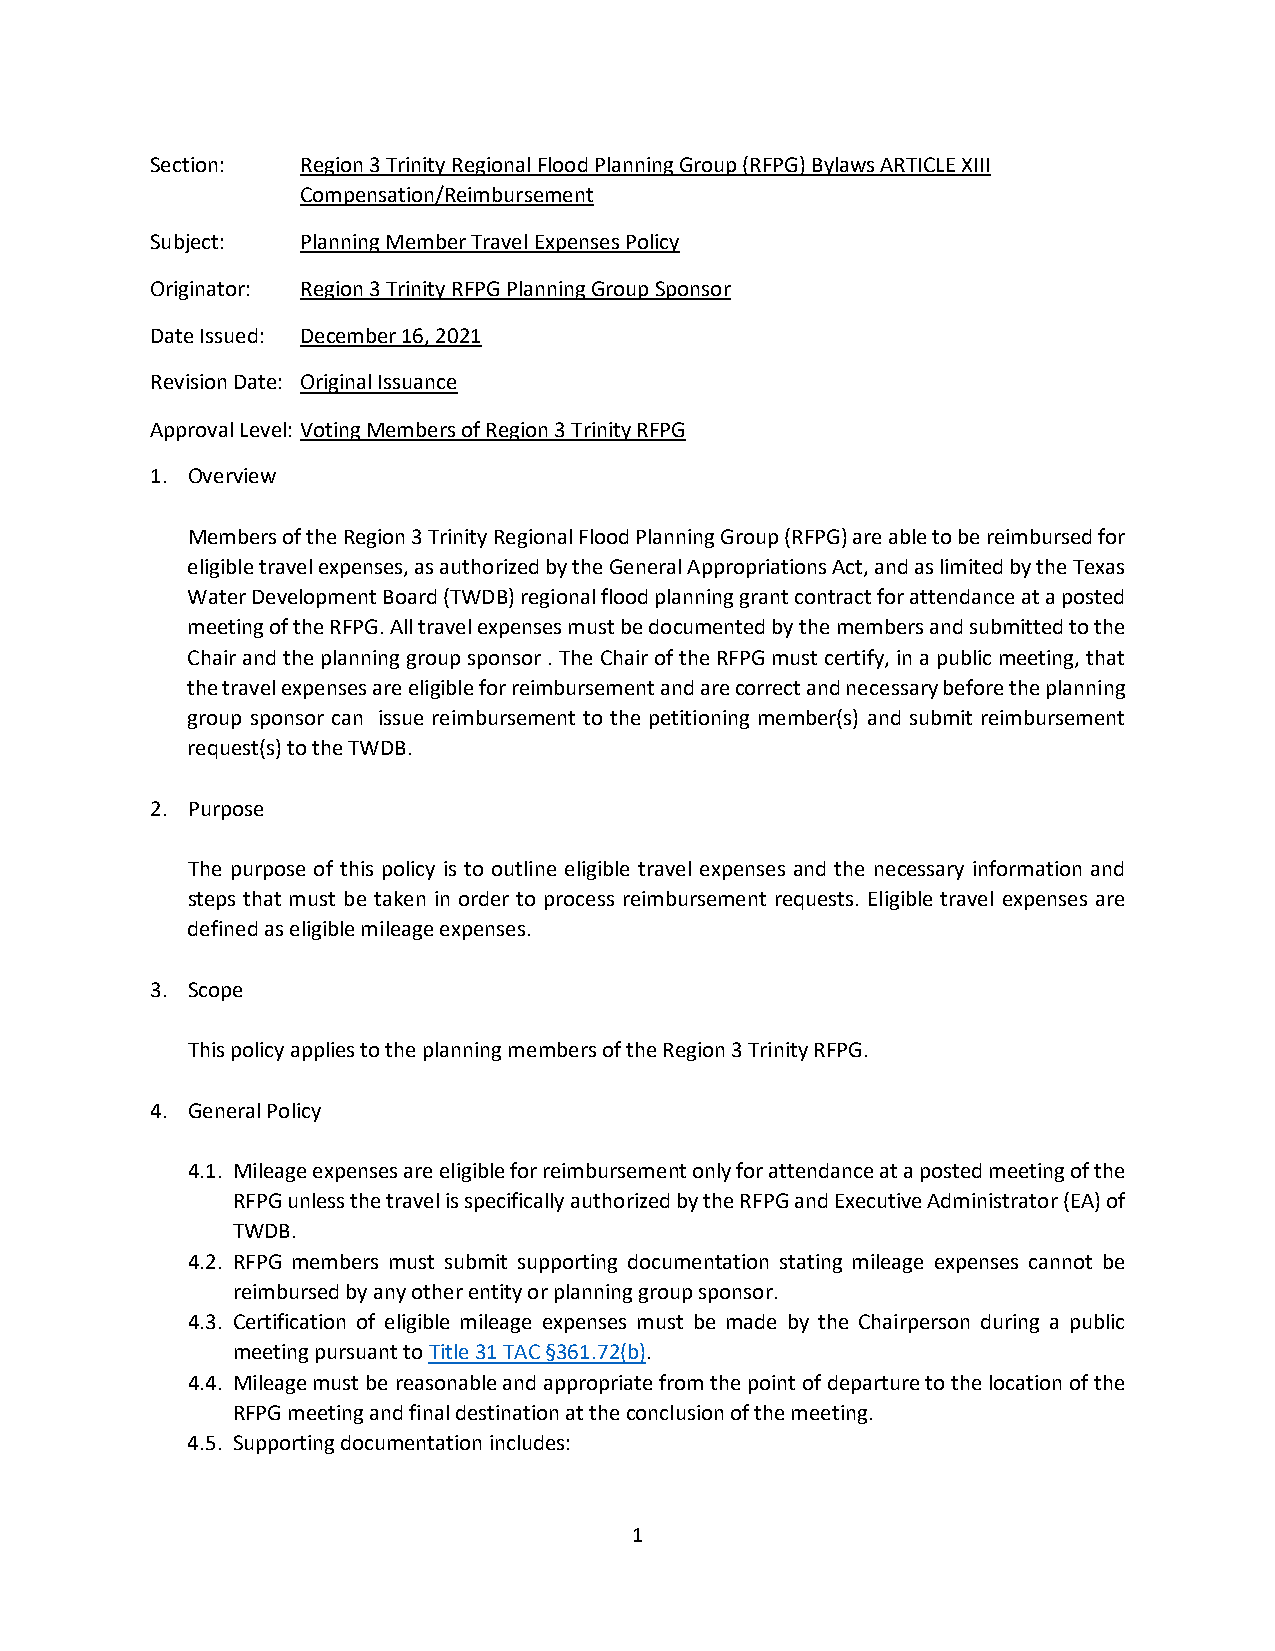
Section:  Region 3 Trinity Regional Flood Planning Group (RFPG) Bylaws ARTICLE XIII
 Compensation/Reimbursement
 Subject:  Planning Member Travel Expenses Policy
 Originator: Region 3 Trinity RFPG Planning Group Sponsor
 Date Issued: December 16, 2021
 Revision Date: Original Issuance
 Approval Level: Voting Members of Region 3 Trinity RFPG
 1. Overview
 Members of the Region 3 Trinity Regional Flood Planning Group (RFPG) are able to be reimbursed for
 eligible travel expenses, as authorized by the General Appropriations Act, and as limited by the Texas
 Water Development Board (TWDB) regional flood planning grant contract for attendance at a posted
 meeting of the RFPG. All travel expenses must be documented by the members and submitted to the
 Chair and the planning group sponsor . The Chair of the RFPG must certify, in a public meeting, that
 the travel expenses are eligible for reimbursement and are correct and necessary before the planning
 group sponsor can issue reimbursement to the petitioning member(s) and submit reimbursement
 request(s) to the TWDB.
 2. Purpose
 The purpose of this policy is to outline eligible travel expenses and the necessary information and
 steps that must be taken in order to process reimbursement requests. Eligible travel expenses are
 defined as eligible mileage expenses.
 3. Scope
 This policy applies to the planning members of the Region 3 Trinity RFPG.
 4. General Policy
 4.1. Mileage expenses are eligible for reimbursement only for attendance at a posted meeting of the
 RFPG unless the travel is specifically authorized by the RFPG and Executive Administrator (EA) of
 TWDB.
 4.2. RFPG members must submit supporting documentation stating mileage expenses cannot be
 reimbursed by any other entity or planning group sponsor.
 4.3. Certification of eligible mileage expenses must be made by the Chairperson during a public
 meeting pursuant to Title 31 TAC §361.72(b).
 4.4. Mileage must be reasonable and appropriate from the point of departure to the location of the
 RFPG meeting and final destination at the conclusion of the meeting.
 4.5. Supporting documentation includes:
 1